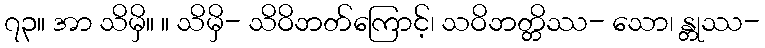
၇၃။ အာ သိမှိ။ ။ သိမှိ- သိဝိဘတ်ကြောင့်၊ သဝိဘတ္တိဿ- သော၊ န္တုဿ-